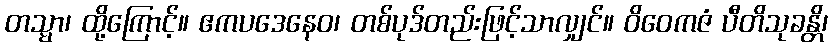
တသ္မာ၊ ထို့ကြောင့်။ ဧကပဒေနေဝ၊ တစ်ပုဒ်တည်းဖြင့်သာလျှင်။ ဝိဝေကဇံ ပီတိသုခန္တိ၊